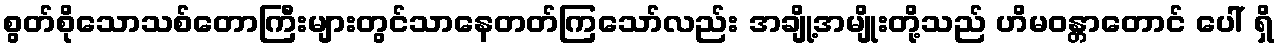
စွတ်စိုသောသစ်တောကြီးများတွင်သာနေတတ်ကြသော်လည်း အချို့အမျိုးတို့သည် ဟိမဝန္တာတောင် ပေါ် ရှိ